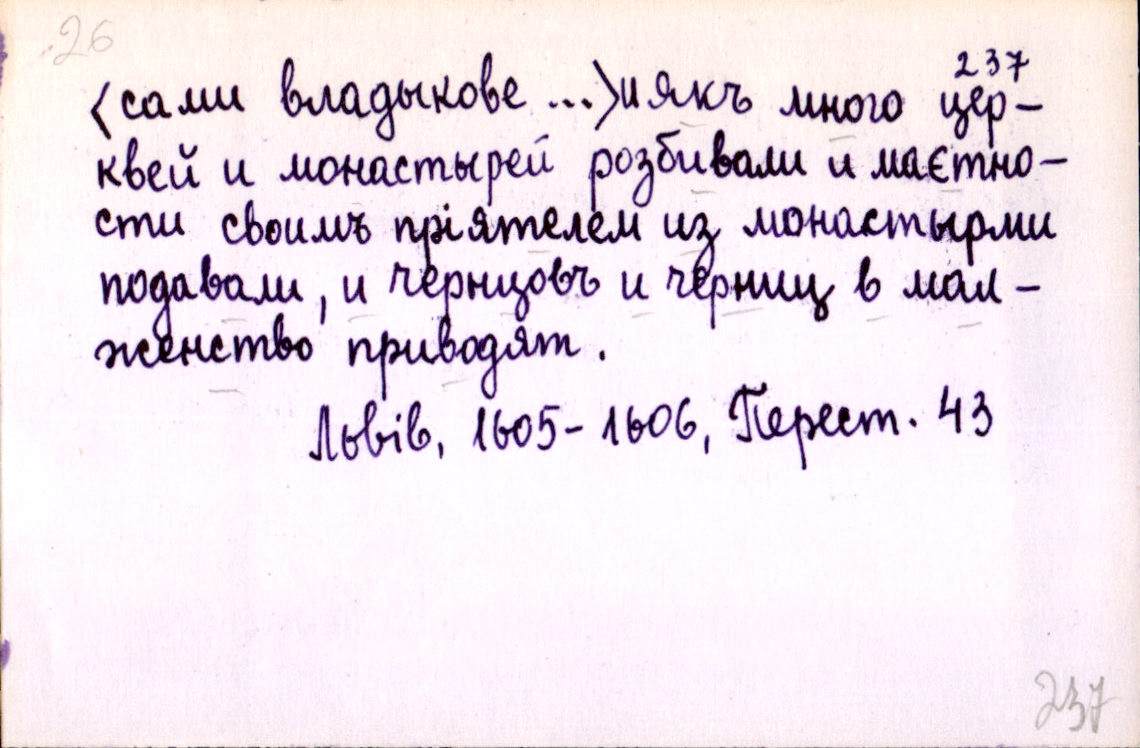
(сами владыкове ...) и якъ много цер-
квей и монастырей розбивали и маєтно-
сти своимъ пріятелем из монастырми
подавали, и чернцовъ и черниц в мал-
женство приводят.
Львів, 1605-1606, Перест. 43